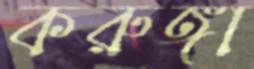
করুঙ্গা